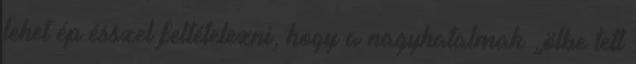
lehet ép ésszel feltételezni, hogy a nagyhatalmak „ölbe tett